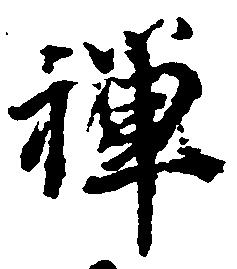
禅